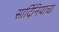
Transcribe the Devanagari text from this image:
सार्दिनियाचा